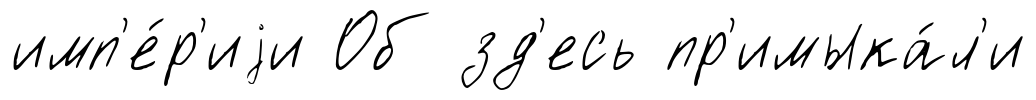
имп'е́р'иjи Об зд'есь пр'имыка́л'и